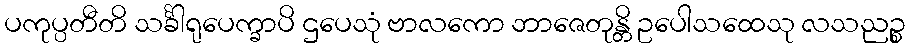
ပကုပ္ပတီတိ သင်္ခါရုပေက္ခာပိ ဌပေသုံ ဗာလကော ဘာဇေတုန္တိ ဥပေါသထေသု လသညဉ္စ